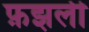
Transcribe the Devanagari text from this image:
फ़झली